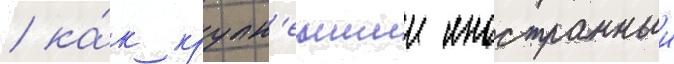
/ ка́к крупн'еишии иностранныи